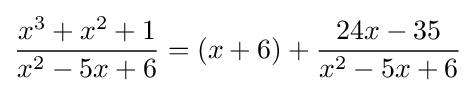
{\frac {x^{3}+x^{2}+1}{x^{2}-5x+6}}=(x+6)+{\frac {24x-35}{x^{2}-5x+6}}